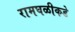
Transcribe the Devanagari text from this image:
रामघळीकडे